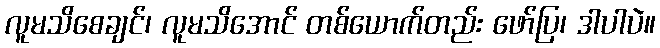
လူမသိစေချင်၊ လူမသိအောင် တစ်ယောက်တည်း ဖော်ပြ၊ ဒါပါပဲ။